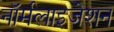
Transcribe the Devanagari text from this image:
नॉर्मलाइजेशन